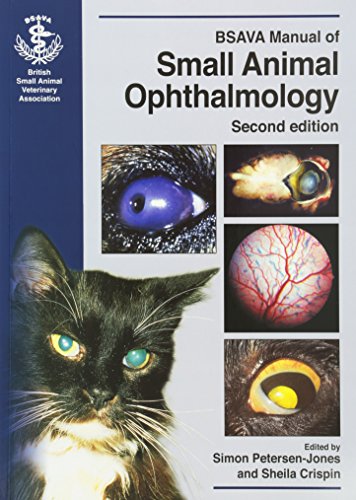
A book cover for BSAVA Manual of Small Animal Ophthalmology; Medical Books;